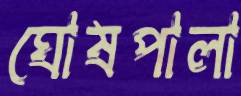
ঘোষপালা